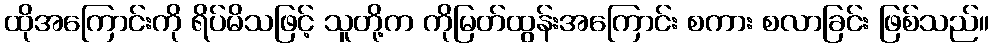
ထိုအကြောင်းကို ရိပ်မိသဖြင့် သူတို့က ကိုမြတ်ထွန်းအကြောင်း စကား စလာခြင်း ဖြစ်သည်။